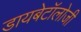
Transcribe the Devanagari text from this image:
डायबेटॉलोजी